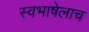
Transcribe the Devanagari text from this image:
स्वभाषेलाच